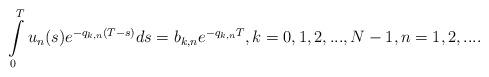
LaTeX: \begin{align*}\int\limits_0^Tu_n(s)e^{-q_{k,n}(T-s)}ds=b_{k,n}e^{-q_{k,n}T},k=0,1,2,...,N-1,n=1,2,....\end{align*}